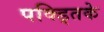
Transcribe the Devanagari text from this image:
पक्ड्तिके